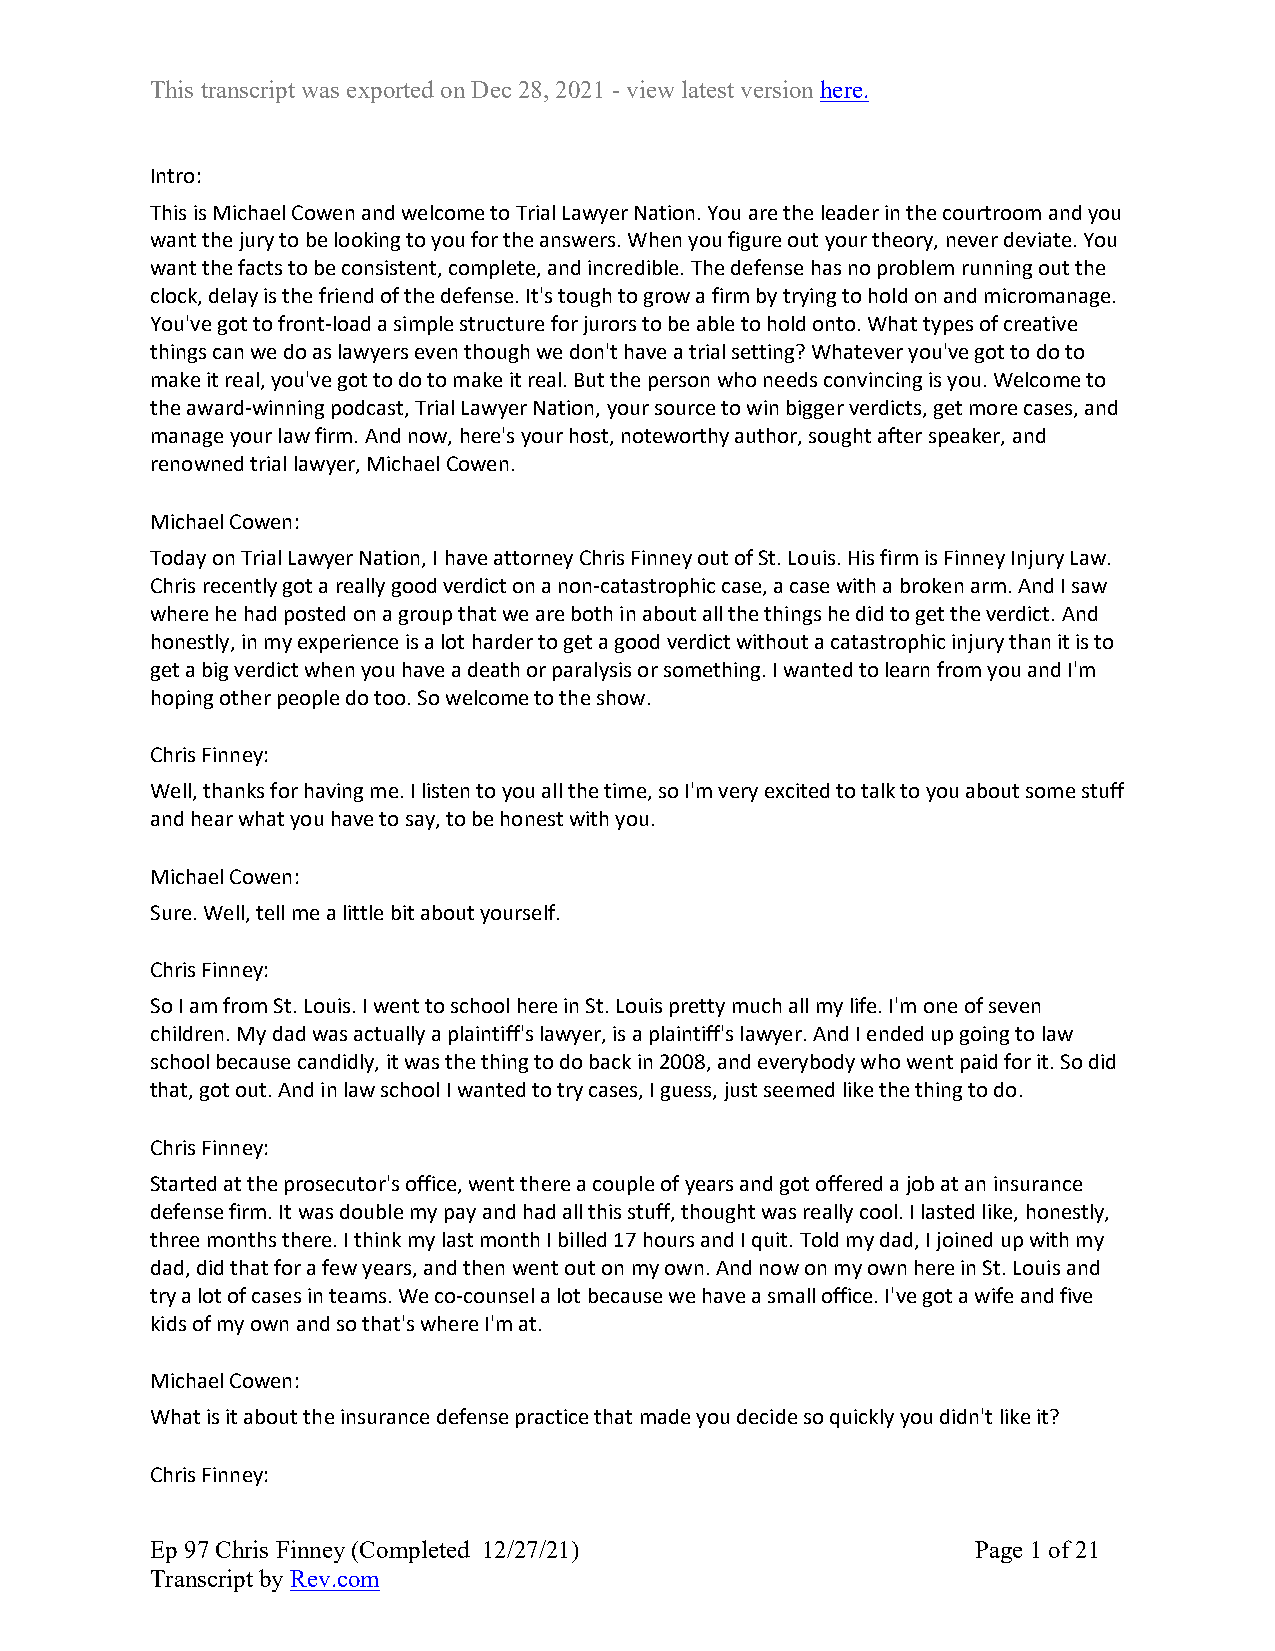
This transcript was exported on Dec 28, 2021 - view latest version here.
 Intro:
 This is Michael Cowen and welcome to Trial Lawyer Nation. You are the leader in the courtroom and you
 want the jury to be looking to you for the answers. When you figure out your theory, never deviate. You
 want the facts to be consistent, complete, and incredible. The defense has no problem running out the
 clock, delay is the friend of the defense. It's tough to grow a firm by trying to hold on and micromanage.
 You've got to front-load a simple structure for jurors to be able to hold onto. What types of creative
 things can we do as lawyers even though we don't have a trial setting? Whatever you've got to do to
 make it real, you've got to do to make it real. But the person who needs convincing is you. Welcome to
 the award-winning podcast, Trial Lawyer Nation, your source to win bigger verdicts, get more cases, and
 manage your law firm. And now, here's your host, noteworthy author, sought after speaker, and
 renowned trial lawyer, Michael Cowen.
 Michael Cowen:
 Today on Trial Lawyer Nation, I have attorney Chris Finney out of St. Louis. His firm is Finney Injury Law.
 Chris recently got a really good verdict on a non-catastrophic case, a case with a broken arm. And I saw
 where he had posted on a group that we are both in about all the things he did to get the verdict. And
 honestly, in my experience is a lot harder to get a good verdict without a catastrophic injury than it is to
 get a big verdict when you have a death or paralysis or something. I wanted to learn from you and I'm
 hoping other people do too. So welcome to the show.
 Chris Finney:
 Well, thanks for having me. I listen to you all the time, so I'm very excited to talk to you about some stuff
 and hear what you have to say, to be honest with you.
 Michael Cowen:
 Sure. Well, tell me a little bit about yourself.
 Chris Finney:
 So I am from St. Louis. I went to school here in St. Louis pretty much all my life. I'm one of seven
 children. My dad was actually a plaintiff's lawyer, is a plaintiff's lawyer. And I ended up going to law
 school because candidly, it was the thing to do back in 2008, and everybody who went paid for it. So did
 that, got out. And in law school I wanted to try cases, I guess, just seemed like the thing to do.
 Chris Finney:
 Started at the prosecutor's office, went there a couple of years and got offered a job at an insurance
 defense firm. It was double my pay and had all this stuff, thought was really cool. I lasted like, honestly,
 three months there. I think my last month I billed 17 hours and I quit. Told my dad, I joined up with my
 dad, did that for a few years, and then went out on my own. And now on my own here in St. Louis and
 try a lot of cases in teams. We co-counsel a lot because we have a small office. I've got a wife and five
 kids of my own and so that's where I'm at.
 Michael Cowen:
 What is it about the insurance defense practice that made you decide so quickly you didn't like it?
 Chris Finney:
 Ep 97 Chris Finney (Completed 12/27/21)                Page 1 of 21
 Transcript by Rev.com